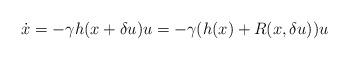
LaTeX: \begin{align*}\dot{x} = -\gamma h(x+\delta u) u = -\gamma (h(x)+R(x,\delta u)) u\end{align*}